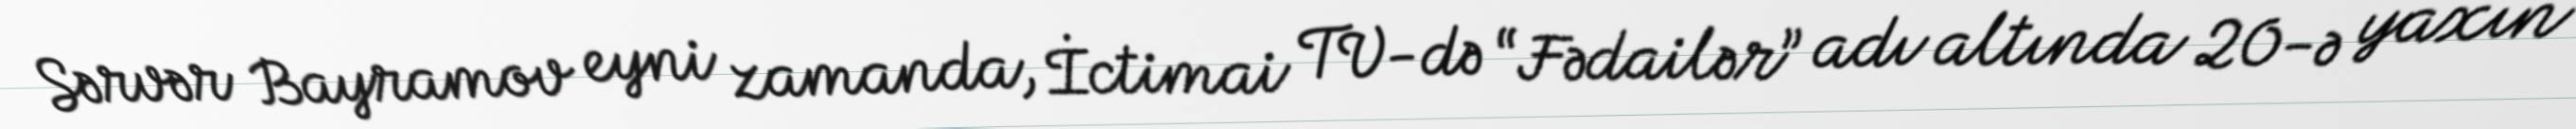
Sərvər Bayramov eyni zamanda, İctimai TV-də “Fədailər” adı altında 20-ə yaxın